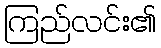
ကြည်လင်း၏